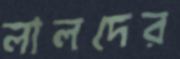
লালদের